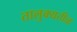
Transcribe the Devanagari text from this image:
तालुक्यतीळ